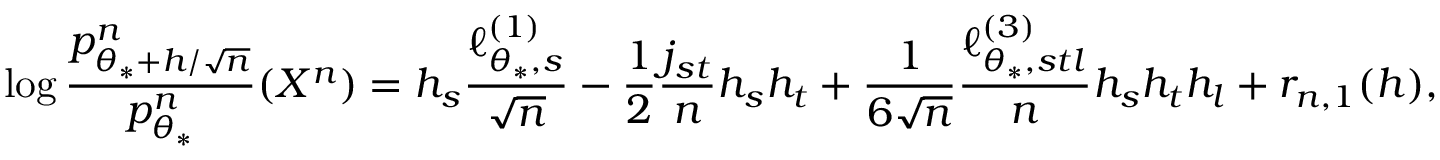
\log \frac { p _ { \theta _ { * } + h / \sqrt { n } } ^ { n } } { p _ { \theta _ { * } } ^ { n } } ( X ^ { n } ) = h _ { s } \frac { \ell _ { \theta _ { * } , s } ^ { ( 1 ) } } { \sqrt { n } } - \frac { 1 } { 2 } \frac { j _ { s t } } { n } h _ { s } h _ { t } + \frac { 1 } { 6 \sqrt { n } } \frac { \ell _ { \theta _ { * } , s t l } ^ { ( 3 ) } } { n } h _ { s } h _ { t } h _ { l } + r _ { n , 1 } ( h ) ,